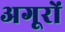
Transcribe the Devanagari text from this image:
अगूरों